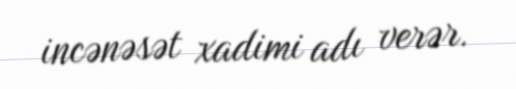
incənəsət xadimi adı verər.